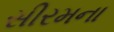
સીરમના